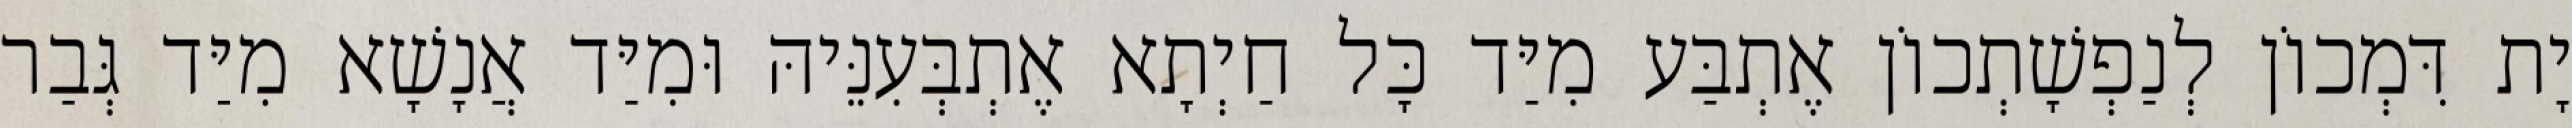
יָת דִּמְכוֹן לְנַפְשָׁתְכוֹן אֶתְבַּע מִיַּד כָּל חַיְתָא אֶתְבְּעִנֵּיהּ וּמִיַּד אֲנָשָׁא מִיַּד גְּבַר